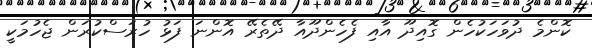
ކޮންމެ ދުވަހަކުހެން ގޮއިދޫ އާއި ފެހެންދޫއާ ދޭތެރޭ އޮންނަ ފަޅު ހުރަސްކުރަން ޖެހުމަކީ